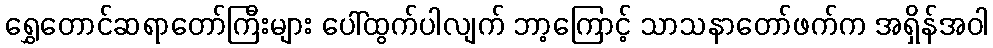
ရွှေတောင်ဆရာတော်ကြီးများ ပေါ်ထွက်ပါလျက် ဘာ့ကြောင့် သာသနာတော်ဖက်က အရှိန်အဝါ